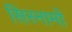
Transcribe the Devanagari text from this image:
सिरनामों